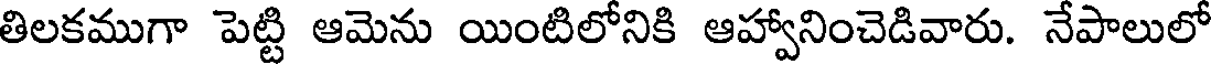
తిలకముగా పెట్టి ఆమెను యింటిలోనికి ఆహ్వానించెడివారు. నేపాలులో